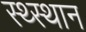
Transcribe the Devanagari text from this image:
स्‍थ्‍स्थान